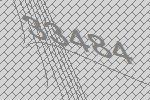
33484